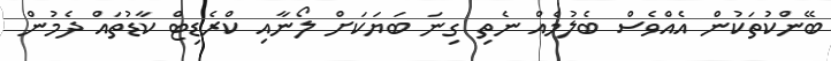
ބޭންކުތަކުން އެއްވެސް ބެލުމެއް ނެތި ގިނަ ބަޔަކަށް ލޯނާއި ކްރެޑިޓް ކާޑުތައް ދެމުން